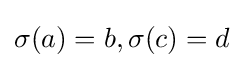
\sigma (a)=b,\sigma (c)=d